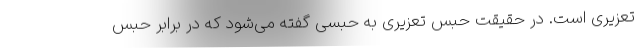
تعزیری است. در حقیقت حبس تعزیری به حبسی گفته می‌شود که در برابر حبس